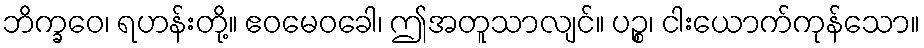
ဘိက္ခဝေ၊ ရဟန်းတို့။ ဧဝမေဝခေါ၊ ဤအတူသာလျင်။ ပဉ္စ၊ ငါးယောက်ကုန်သော။